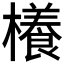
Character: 𣝡